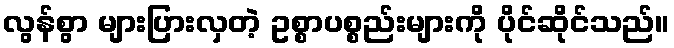
လွန်စွာ များပြားလှတဲ့ ဥစ္စာပစ္စည်းများကို ပိုင်ဆိုင်သည်။